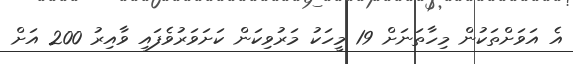
އެ އަވަށްތަކުން މިހާތަނަށް 19 މީހަކު މަރުވިކަން ކަށަވަރުވެފައި ވާއިރު 200 އަށް